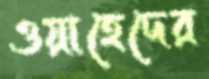
ওয়াহেদের